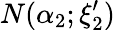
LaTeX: N(\alpha_{2};\xi_{2}^{\prime})